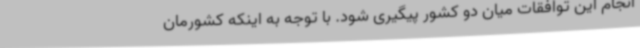
انجام این توافقات میان دو کشور پیگیری شود. با توجه به اینکه کشورمان